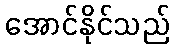
အောင်နိုင်သည်